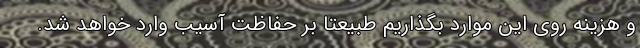
و هزینه روی این موارد بگذاریم طبیعتاً بر حفاظت آسیب وارد خواهد شد.